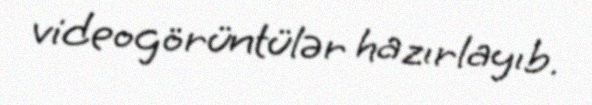
videogörüntülər hazırlayıb.